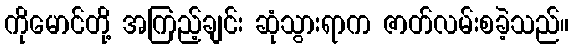
ကိုမောင်တို့ အကြည့်ချင်း ဆုံသွားရာက ဇာတ်လမ်းစခဲ့သည်။